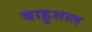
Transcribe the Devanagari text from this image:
बाहुशाल